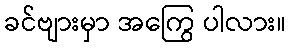
ခင်ဗျားမှာ အကြွေ ပါလား။